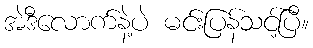
အဲဒီလောက်နဲ့ပဲ မင်းပြန်သင့်ပြီ။